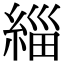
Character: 緇